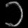
Digit: ၁